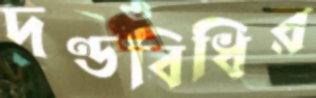
দণ্ডবিধির